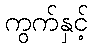
ကွက်နှင့်